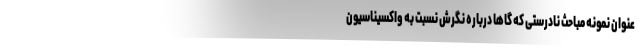
عنوان نمونه مباحث نادرستی که گاها درباره نگرش نسبت به واکسیناسیون